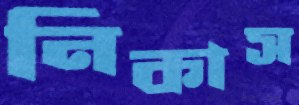
নিকাস